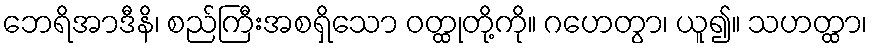
ဘေရိအာဒီနိ၊ စည်ကြီးအစရှိသော ဝတ္ထုတို့ကို။ ဂဟေတွာ၊ ယူ၍။ သဟတ္ထာ၊